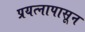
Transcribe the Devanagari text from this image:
प्रयत्‍नापासून